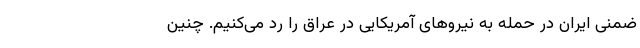
ضمنی ایران در حمله به نیروهای آمریکایی در عراق را رد می‌کنیم. چنین